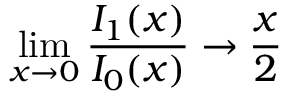
\operatorname * { l i m } _ { x \to 0 } { \frac { I _ { 1 } ( x ) } { I _ { 0 } ( x ) } } \to { \frac { x } { 2 } }